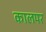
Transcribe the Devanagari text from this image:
कालपर